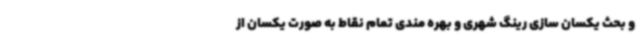
و بحث یکسان سازی رینگ شهری و بهره مندی تمام نقاط به صورت یکسان از